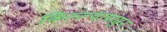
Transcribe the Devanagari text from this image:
किल्ल्यापासुन